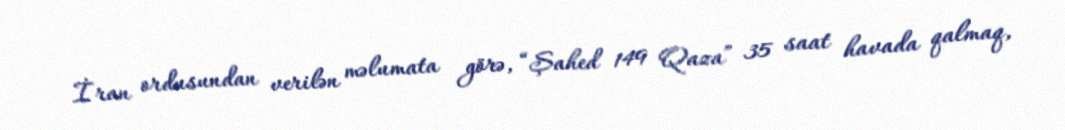
İran ordusundan verilən məlumata görə, “Şahed 149 Qaza” 35 saat havada qalmaq,